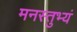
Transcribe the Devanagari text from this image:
मनस्तुभ्यं